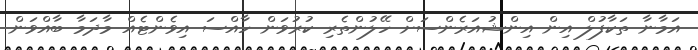
އަމާނާ ތަކާފުލް އިން އިންޝުއަރެންސަށް ހޭލުންތެރި ކުރުވަން ހާއްސަ އިވެންޓެއް މާދަމާ ބާއްވަން